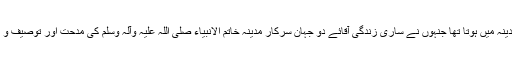
رانا دلدار احمد قادری کا شمار ان عاشقان نعت اور عاشقان مدینہ میں ہوتا تھا جنہوں نے ساری زندگی آقائے دو جہان سرکار مدینہ خاتم الانبیاء صلی اللہ علیہ وآلہ وسلم کی مدحت اور توصیف و ثنا کے ترانے پڑھنا اپنے لیے باعث اعزاز و افتخار سمجھا ۔